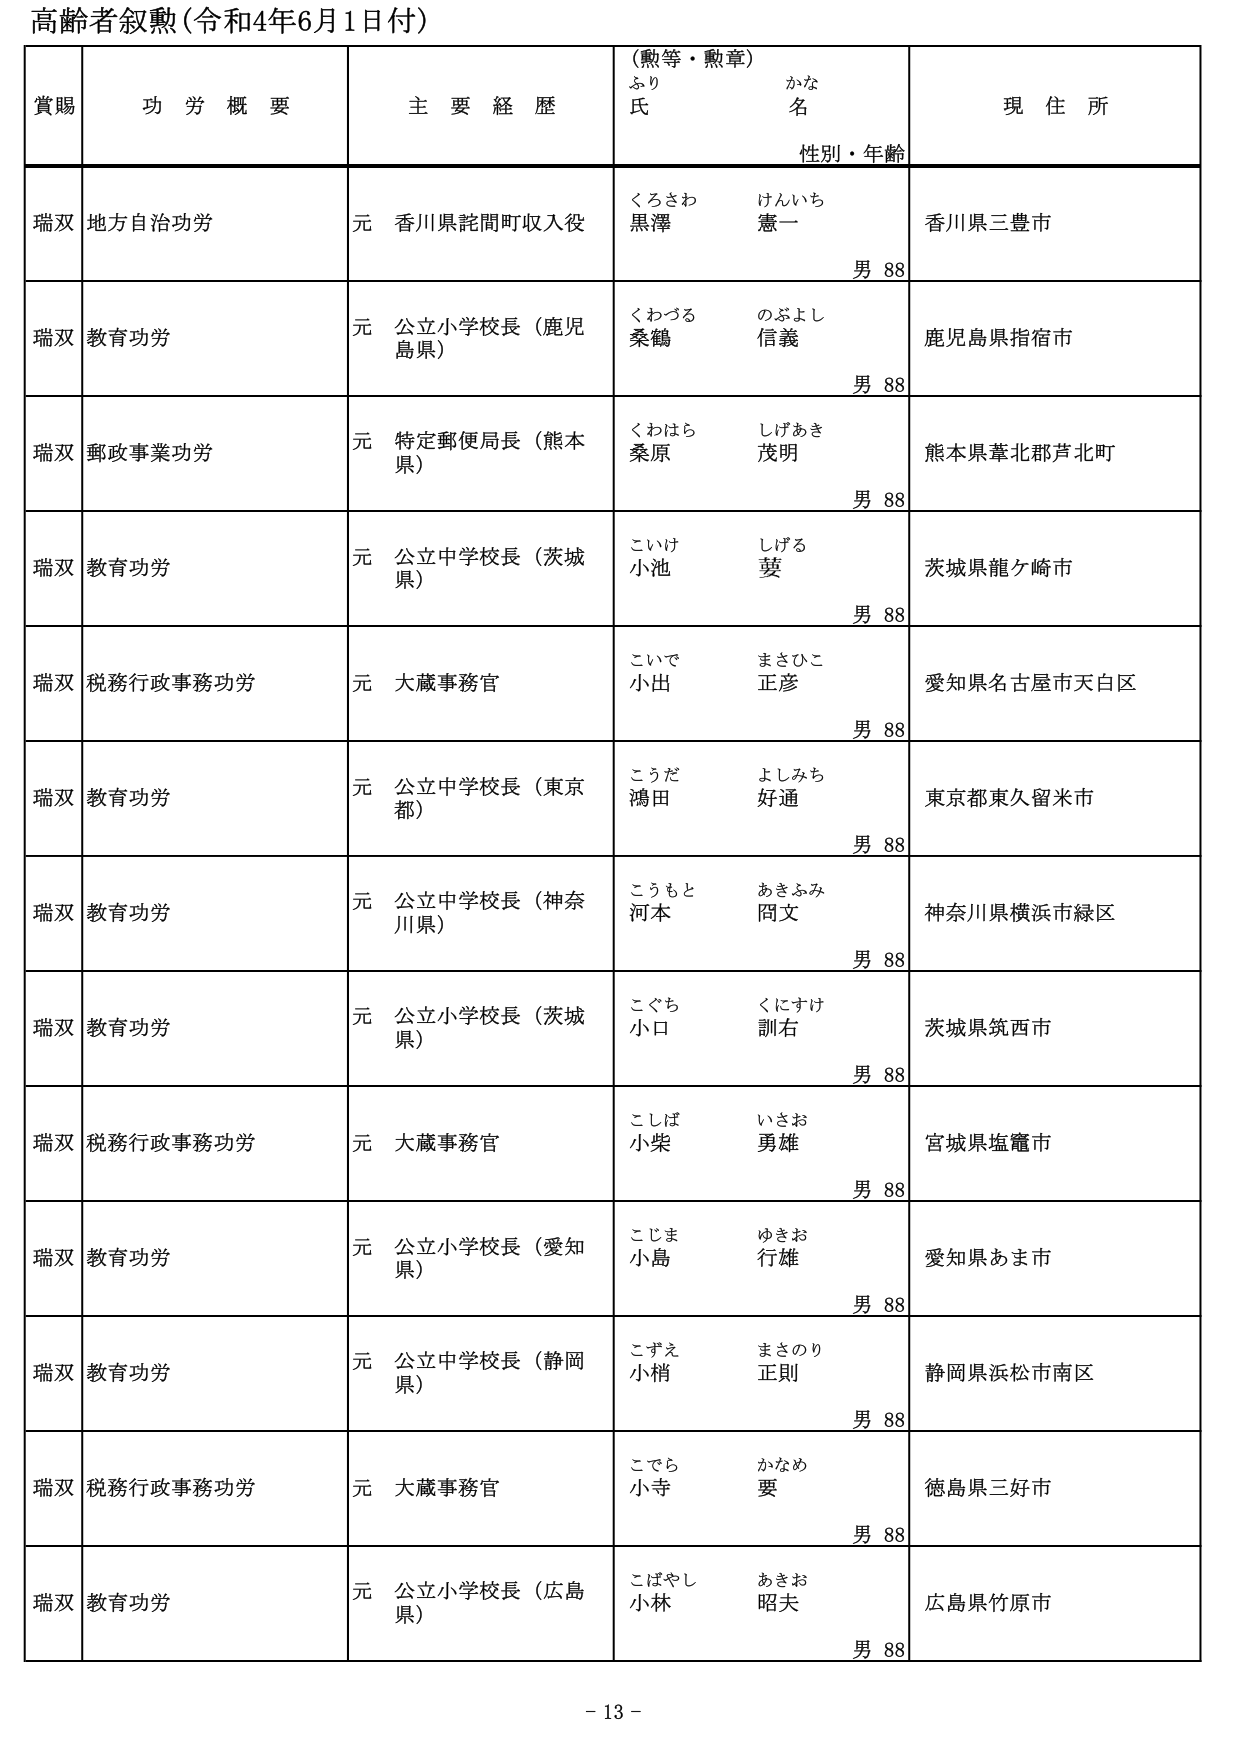
高齢者叙勲（令和4年6月1日付）

賞賜　功労概要　主要経歴　（勲等・勲章）　現住所
　　　　　　　　　　　　ふりがな　氏名　性別・年齢

瑞双　地方自治功労　元 香川県託間町収入役　くろさわ 黒澤　けんいち 憲一　男 88　香川県三豊市

瑞双　教育功労　元 公立小学校長（鹿児島県）　くわづる 桑鶴　のぶよし 信義　男 88　鹿児島県指宿市

瑞双　郵政事業功労　元 特定郵便局長（熊本県）　くわはら 桑原　しげあき 茂明　男 88　熊本県葦北郡芦北町

瑞双　教育功労　元 公立中学校長（茨城県）　こいけ 小池　しげる 葵　男 88　茨城県龍ケ崎市

瑞双　税務行政事務功労　元 大蔵事務官　こいで 小出　まさひこ 正彦　男 88　愛知県名古屋市天白区

瑞双　教育功労　元 公立中学校長（東京都）　こうだ 鴻田　よしみち 好通　男 88　東京都東久留米市

瑞双　教育功労　元 公立中学校長（神奈川県）　こうもと 河本　あきふみ 岡文　男 88　神奈川県横浜市緑区

瑞双　教育功労　元 公立小学校長（茨城県）　こぐち 小口　くにすけ 訓右　男 88　茨城県筑西市

瑞双　税務行政事務功労　元 大蔵事務官　こしば 小柴　いさお 勇雄　男 88　宮城県塩竈市

瑞双　教育功労　元 公立小学校長（愛知県）　こじま 小島　ゆきお 行雄　男 88　愛知県あま市

瑞双　教育功労　元 公立中学校長（静岡県）　こずえ 小梢　まさのり 正則　男 88　静岡県浜松市南区

瑞双　税務行政事務功労　元 大蔵事務官　こでら 小寺　かなめ 要　男 88　徳島県三好市

瑞双　教育功労　元 公立小学校長（広島県）　こばやし 小林　あきお 昭夫　男 88　広島県竹原市

- 13 -